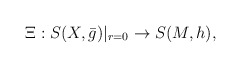
\begin{align*} \Xi: S(X,\bar{g})|_{r=0}\to S(M,h), \end{align*}